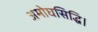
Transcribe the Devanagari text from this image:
अमोघसिद्धि।